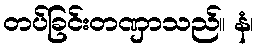
တပ်ခြင်းတဏှာသည်။ နံ၊